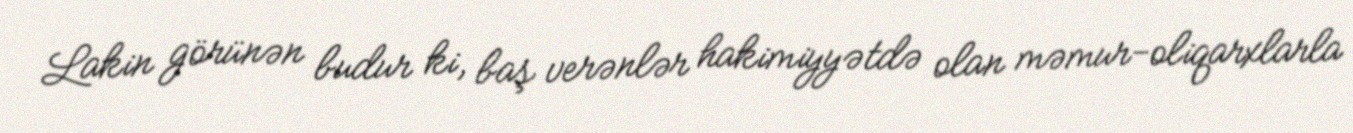
Lakin görünən budur ki, baş verənlər hakimiyyətdə olan məmur-oliqarxlarla